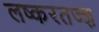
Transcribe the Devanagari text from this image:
लष्करतज्ज्ञ